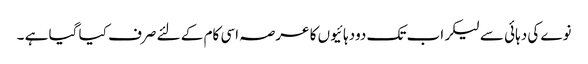
نوے کی دہائی سے لیکر اب تک دودہائیوں کا عرصہ اسی کام کے لئے صرف کیا گیا ہے ۔